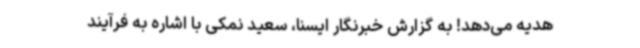
هدیه می‌دهد! به گزارش خبرنگار ایسنا، سعید نمکی با اشاره به فرآیند